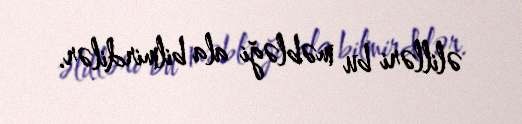
əlilləri bu məbləği ala bilmirdilər.